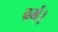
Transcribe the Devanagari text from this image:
वर्म।